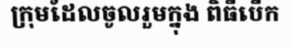
ក្រុមដែលចូលរួមក្នុង ពិធីបើក